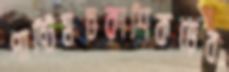
পান্টিমচকাশিকড়েব